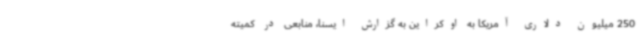
250 میلیون دلاری آمریکا به اوکراین به گزارش ایسنا، منابعی در کمیته